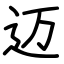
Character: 迈